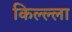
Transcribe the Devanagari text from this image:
किल्ल्‍ला